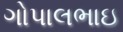
ગોપાલભાઇ